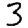
Digit: 3